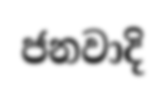
ජනවාදි